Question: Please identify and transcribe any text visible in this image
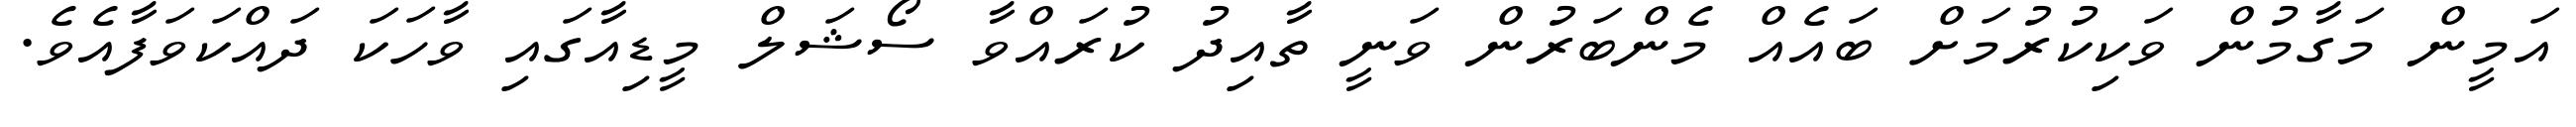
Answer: އަމީން މަގާމުން ވަކިކުރުމަށް ބައެއް މެންބަރުން ވަނީ ތާއިދު ކުރައްވާ ސޯޝަލް މީޑިއާގައި ވާހަކަ ދައްކަވަފާއެވެ.